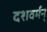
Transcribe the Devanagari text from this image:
दशवर्मन्‌